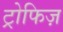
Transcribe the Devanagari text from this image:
ट्रोफिज़